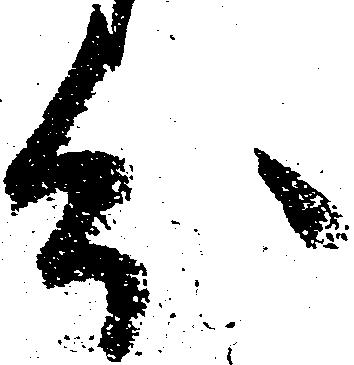
分